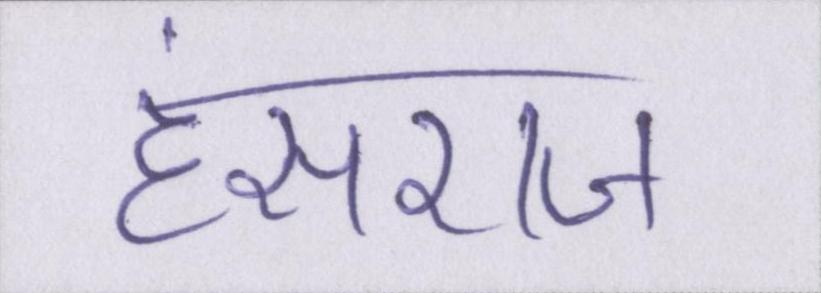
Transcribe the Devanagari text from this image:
हंसराज